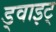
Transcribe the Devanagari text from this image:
ड्वाइट्